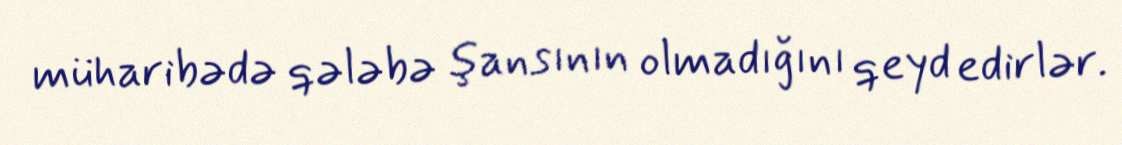
müharibədə qələbə şansının olmadığını qeyd edirlər.